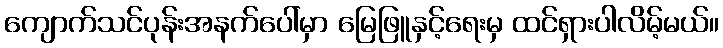
ကျောက်သင်ပုန်းအနက်ပေါ်မှာ မြေဖြူနှင့်ရေးမှ ထင်ရှားပါလိမ့်မယ်။